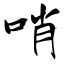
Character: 哨